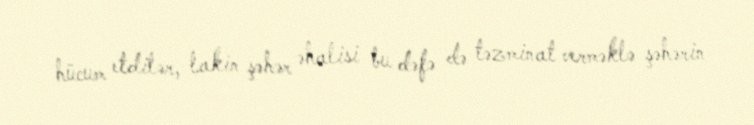
hücum etdilər, lakin şəhər əhalisi bu dəfə də təzminat verməklə şəhərin